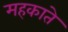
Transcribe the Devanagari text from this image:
महकाते